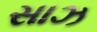
સાઝ